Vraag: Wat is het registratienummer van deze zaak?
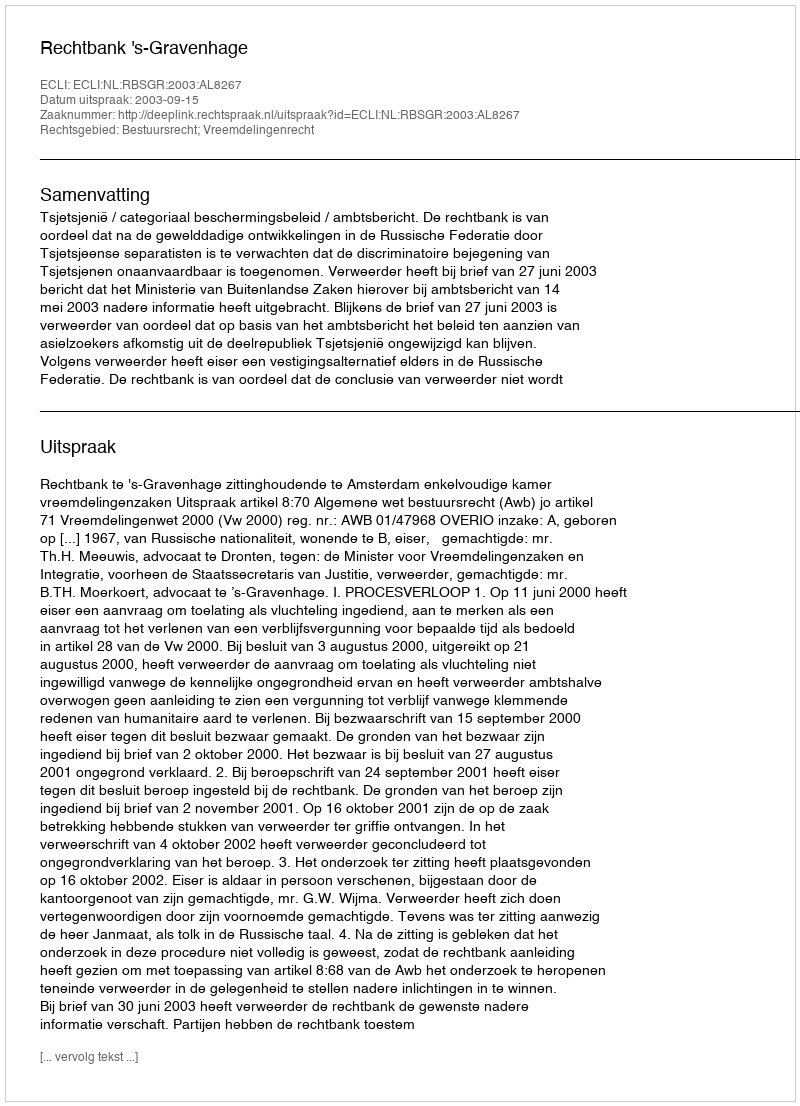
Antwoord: http://deeplink.rechtspraak.nl/uitspraak?id=ECLI:NL:RBSGR:2003:AL8267